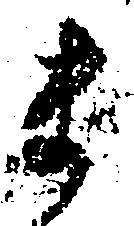
ま